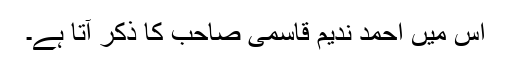
اس میں احمد ندیم قاسمی صاحب کا ذکر آتا ہے۔